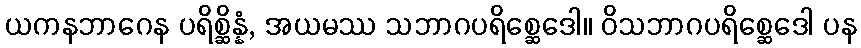
ယကနဘာဂေန ပရိစ္ဆိန္နံ, အယမဿ သဘာဂပရိစ္ဆေဒေါ။ ဝိသဘာဂပရိစ္ဆေဒေါ ပန